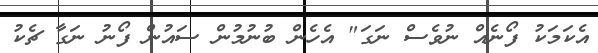
އެކަމަކު ފޯނެއް ނުވެސް ނަގަ" އެހެން ބުނުމުން ސައުން ފޯނު ނަގާ ޗެކު